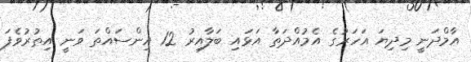
އާމްދަނީ މިދިޔަ އަހަރުގެ އެމުއްދަތާ އަޅައި ބަލާއިރު 12 އިންސައްތަ ވަނީ އިތުރުވެފަ